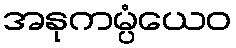
အနုကမ္ပံယေဝ